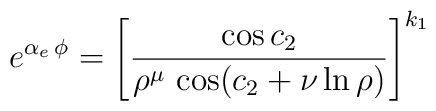
e^{\alpha_{e}\, \phi}=\left [{\cos{c_{2}} \over \rho^{\mu}\,\cos({c_{2}+\nu\ln\rho)}} \right ]^{k_{1}}